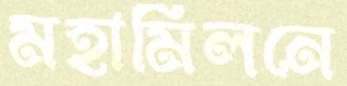
মহামিলনে